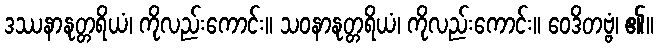
ဒဿနာနုတ္တရိယံ၊ ကိုလည်းကောင်း။ သဝနာနုတ္တရိယံ၊ ကိုလည်းကောင်း။ ဝေဒိတဗ္ဗံ၊ ၏။